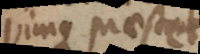
vimque praestet